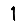
Digit: 1